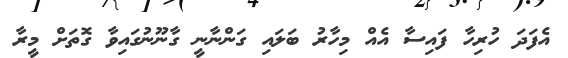
އެފަދަ ހުރިހާ ފައިސާ އެއް މިހާރު ބަލައި ގަންނާނީ ގާނޫނުގައިވާ ގޮތަށް މީރާ